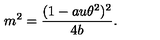
m ^ { 2 } = \frac { ( 1 - a u \theta ^ { 2 } ) ^ { 2 } } { 4 b } .